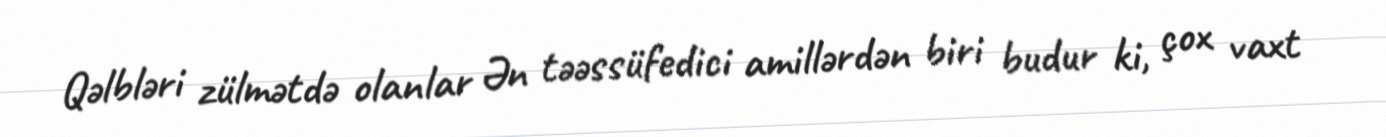
Qəlbləri zülmətdə olanlar Ən təəssüfedici amillərdən biri budur ki, çox vaxt